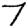
Digit: 7